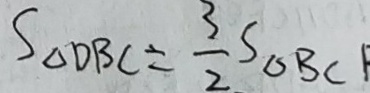
S _ { \Delta } D B C = \frac { 3 } { 2 } S _ { \Delta } B C